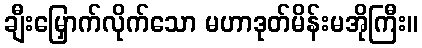
ချီးမြှောက်လိုက်သော မဟာဒုတ်မိန်းမအိုကြီး။